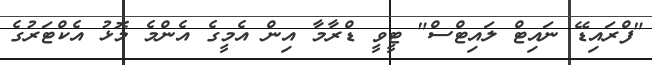
"ފްރައިޑޭ ނައިޓް ލައިޓްސް" ޓީވީ ޑްރާމާ އިން އެމީގެ އެންމެ މޮޅު އެކްޓަރުގެ